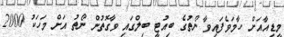
މީޑިއާއަށް ހާމަވެފައިވާ ނޯތުގެ ބިއުޓީ ބިލްގައި ވާގޮތުން ނޯތު އަށް މަހަކު 2000